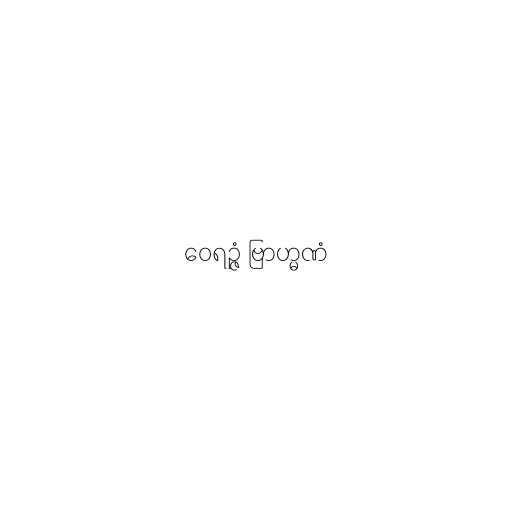
ဝေရဉ္ဇံ ဗြာဟ္မဏံ